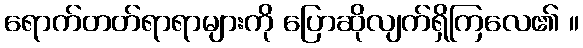
ရောက်တတ်ရာရာများကို ပြောဆိုလျက်ရှိကြလေ၏ ။